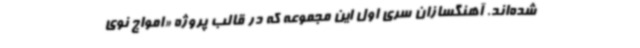
شده‌اند. آهنگسازان سری اول این مجموعه که در قالب پروژه‌ «امواج نوی